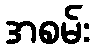
အစမ်း